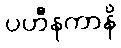
ပဟီနကာနိ